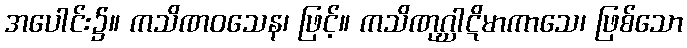
အပေါင်း၌။ ကသိဏဝသေန၊ ဖြင့်။ ကသိဏုဂ္ဃါဋိမာကာသေ၊ ဖြစ်သော